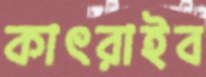
কাৎরাইব